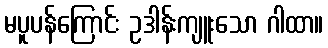
မပူပန်ကြောင်း ဥဒါန်းကျူးသော ဂါထာ။